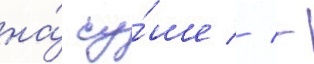
на́ су́ше // -